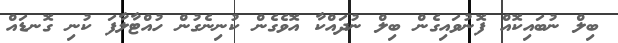
ބިލް ނުބައިކޮއް ފޮނުވައިގެން ބިލް ނުދައްކާ އޮވެގެން ކުނިނެގުން ހުއްޓާލާފަ ކުނި ގޮނޑައް